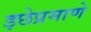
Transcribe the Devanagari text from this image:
इछेप्रमाणे